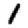
Digit: 1